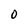
Character: 0